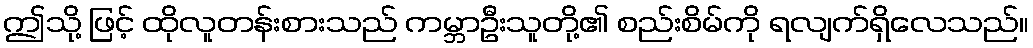
ဤသို့ ဖြင့် ထိုလူတန်းစားသည် ကမ္ဘာဦးသူတို့၏ စည်းစိမ်ကို ရလျက်ရှိလေသည်။